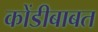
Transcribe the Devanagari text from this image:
कोंडीबाबत